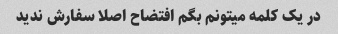
در یک کلمه میتونم بگم افتضاح اصلا سفارش ندید